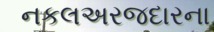
નકલઅરજદારના